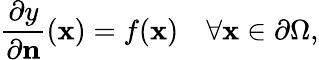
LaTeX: {\frac{\partial y}{\partial\mathbf{n}}}(\mathbf{x})=f(\mathbf{x})\quad\forall\mathbf{x}\in\partial\Omega,